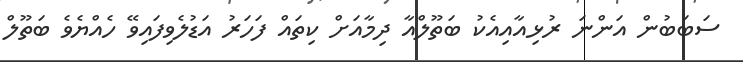
ސަބަބުން އަންނަ ރުޅިއާއިއެކު ބަތޫލްއާ ދިމާއަށް ކިތައް ފަހަރު އަޑުލެވިފައިވޭ ހެއްޔެވެ ބަތޫލް